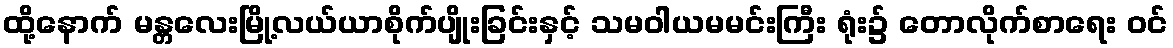
ထို့နောက် မန္တလေးမြို့လယ်ယာစိုက်ပျိုးခြင်းနှင့် သမဝါယမမင်းကြီး ရုံး၌ တောလိုက်စာရေး ဝင်